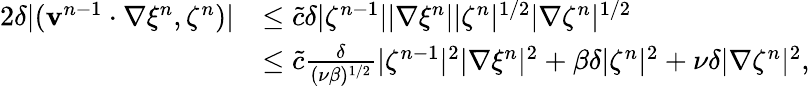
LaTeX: \begin{array}{rl}{2\delta|(\mathbf{v}^{n-1}\cdot\nabla\xi^{n},\zeta^{n})|}&{\leq\tilde{c}\delta|\zeta^{n-1}||\nabla\xi^{n}||\zeta^{n}|^{1/2}|\nabla\zeta^{n}|^{1/2}}\\ &{\leq\tilde{c}\frac{\delta}{(\nu\beta)^{1/2}}|\zeta^{n-1}|^{2}|\nabla\xi^{n}|^{2}+\beta\delta|\zeta^{n}|^{2}+\nu\delta|\nabla\zeta^{n}|^{2},}\end{array}